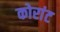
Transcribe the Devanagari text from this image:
कोरांट